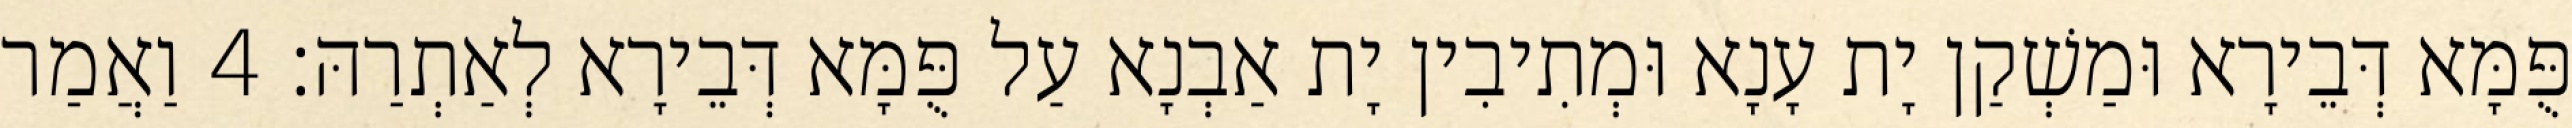
פֻּמָּא דְּבֵירָא וּמַשְׁקַן יָת עָנָא וּמְתִיבִין יָת אַבְנָא עַל פֻּמָּא דְּבֵירָא לְאַתְרַהּ׃ 4 וַאֲמַר